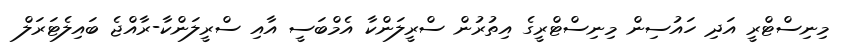
މިނިސްޓްރީ އަދި ހައުސިން މިނިސްޓްރީގެ އިތުރުން ސްރީލަންކާ އެމްބަސީ އާއި ސްރީލަންކާ-ރާއްޖެ ބައިލެޓަރަލް